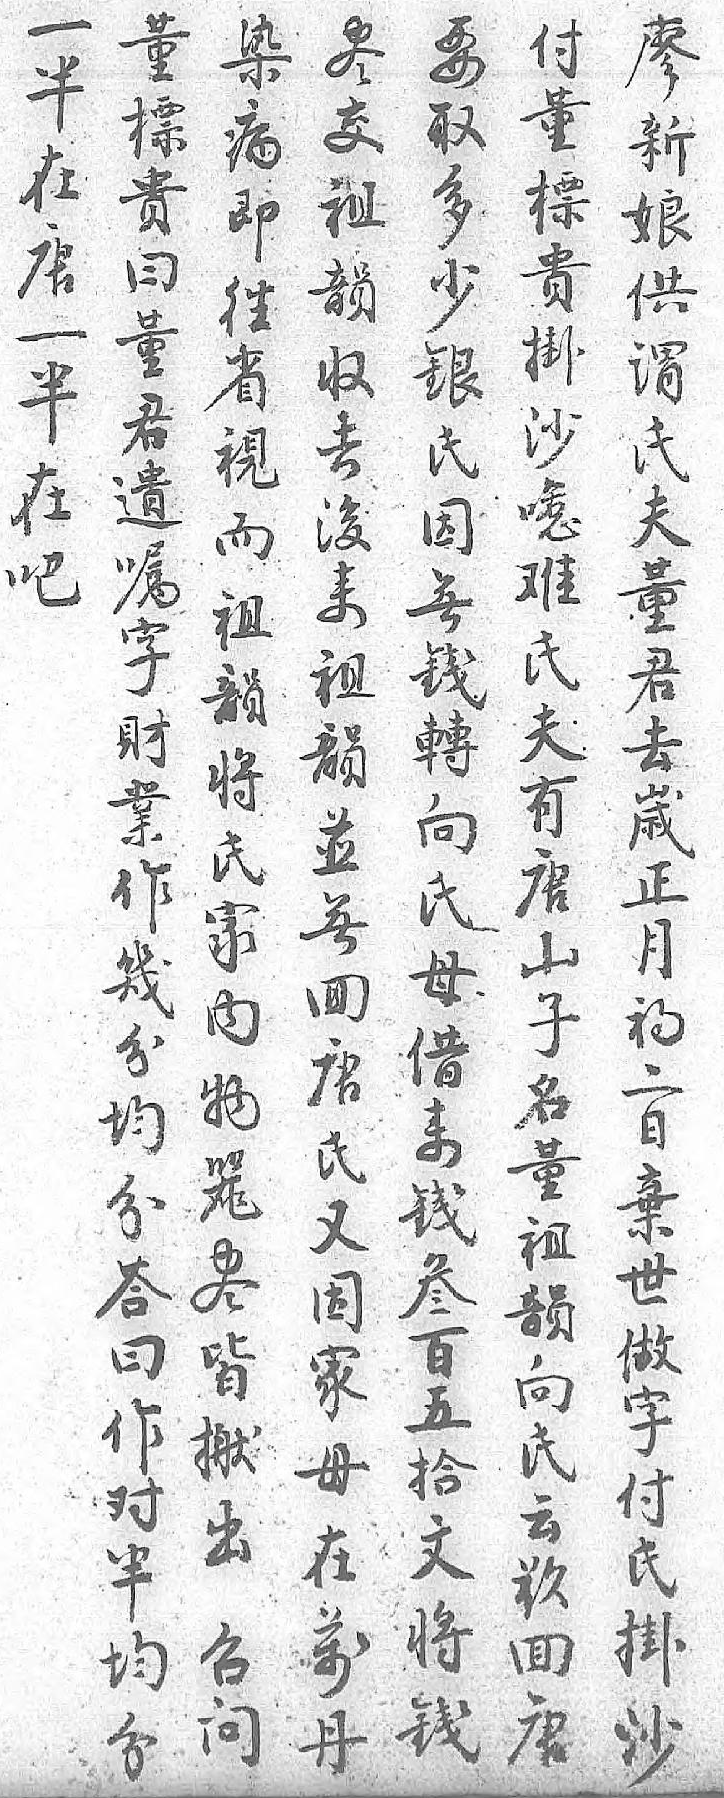
要董染尽廖付一取標病交新董半多貴即祖娘標在少曰往韻供貴唐銀董省収谓掛一氏君視去氏沙半因遣而後夫㘃在無嘱祖来董难吧錢字韻祖君氏 轉財将韻去夫 向業氏並嵗有 氏作家無正唐 母幾内囬月山 借分物唐初子 来均器氏二名 錢分尽又日董 叁答皆因棄祖 百曰搬家世韻 五作出母做向 拾对召在字氏 文半问萬付云 将均 丹氏欲 錢分  掛囬     沙唐